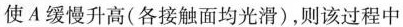
使A缓慢升高(各接触面均光滑)，则该过程中